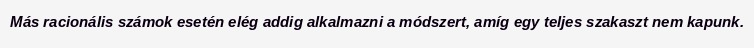
Más racionális számok esetén elég addig alkalmazni a módszert, amíg egy teljes szakaszt nem kapunk.